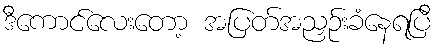
ဒီကောင်လေးတော့ အပြတ်အညှဉ်းခံနေရပြီ